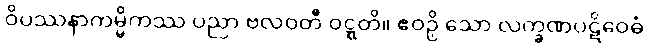
ဝိပဿနာကမ္မိကဿ ပညာ ဗလဝတီ ဝဋ္ဋတိ။ ဧဝဉှိ သော လက္ခဏပဋိဝေဓံ